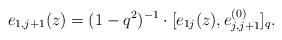
LaTeX: \begin{align*} e_{1,j+1}(z)=(1-q^2)^{-1} \cdot [e_{1j}(z),e^{(0)}_{j,j+1}]_q.\end{align*}